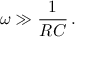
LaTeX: \omega \gg { \frac { 1 } { R C } } \, .